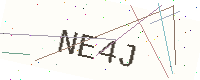
Text: NE4J